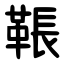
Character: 䩨